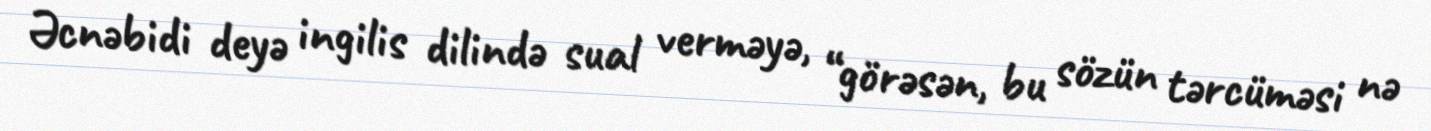
Əcnəbidi deyə ingilis dilində sual verməyə, “görəsən, bu sözün tərcüməsi nə